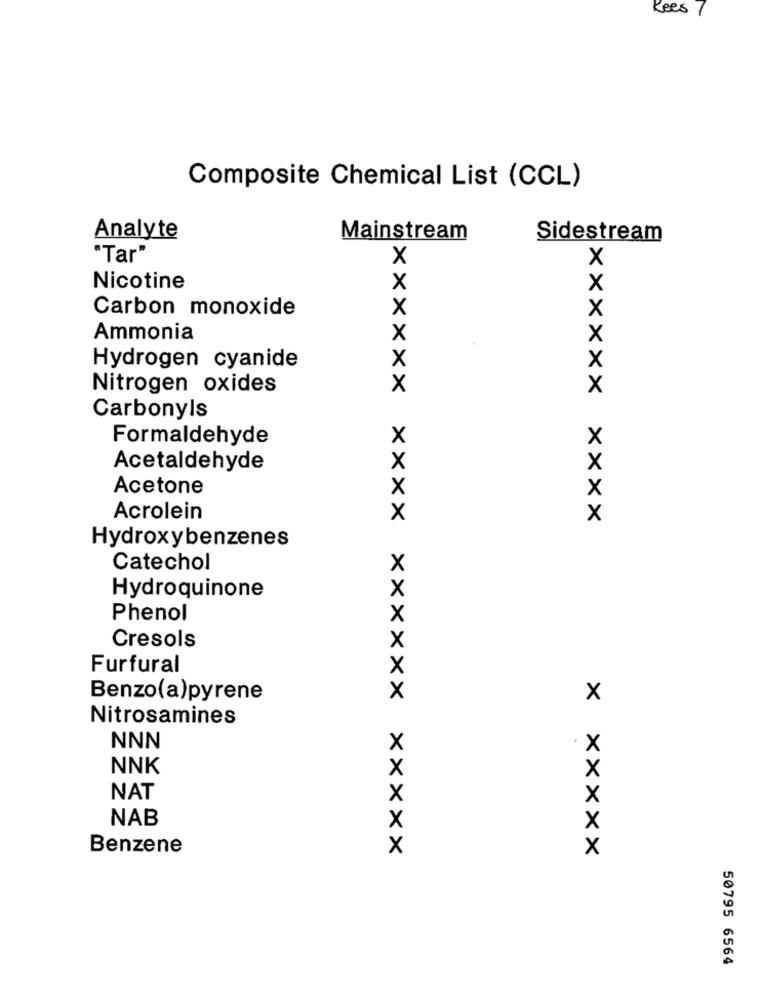
Kees
Composite Chemical List (CCL)
Analyte
Mainstream
Sidestream
"Tar"
X
X
Nicotine
X
X
Carbon monoxide
X
X
Ammonia
X
X
X
x
Hydrogen cyanide
Nitrogen oxides
X
X
Carbonyls
Formaldehyde
X
X
X
Acetaldehyde
X
Acetone
x
x
Acrolein
x
x
Hydroxybenzenes
Catechol
X
X
Hydroquinone
Phenol
x
Cresols
x
Furfural
X
Benzo(a)pyrene
x
x
Nitrosamines
NNN
X
X
NNK
X
X
NAT
X
NAB
X
Benzene
X
50795 6564